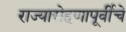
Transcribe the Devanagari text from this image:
राज्यारोहणापूर्वीचे